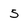
Character: 5